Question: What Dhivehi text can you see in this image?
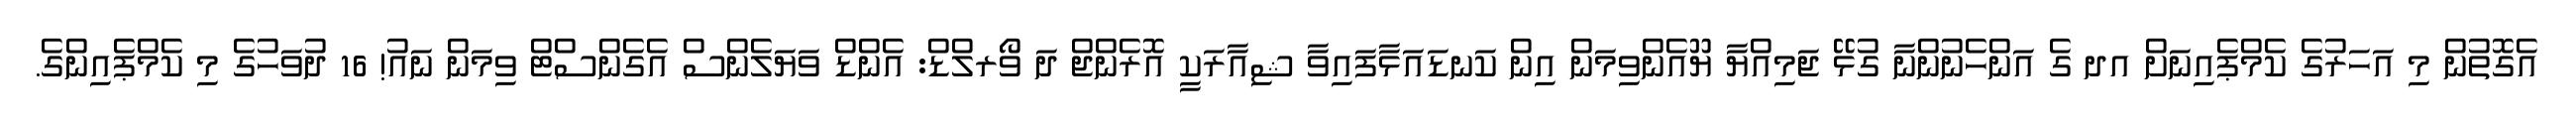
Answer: އެގޮތުން މި އަހަރުގެ ކެމްޕެއިނަށް އދ ގެ އަންހެނުންނާ ގުޅޭ ޖަމިއްޔާ ޔޫއެންވިމަން އިން ކަނޑައަޅާފައިވާ ޝިއާރަކީ އޮރެންޖް ދަ ވޯރލްޑް: އެންޑް ވަޔަލެންސް އެގެންސްޓް ވިމަން ނައު! 16 ދުވަހުގެ މި ކެމްޕެއިންގެ.